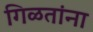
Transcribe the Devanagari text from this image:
गिळतांना